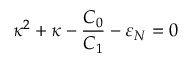
\kappa ^ { 2 } + \kappa - \frac { C _ { 0 } } { C _ { 1 } } - \varepsilon _ { N } = 0